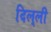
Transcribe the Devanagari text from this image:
दिल्‌ली